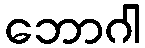
ဘောဂါ